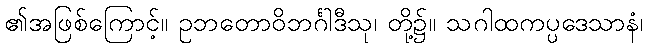
၏အဖြစ်ကြောင့်။ ဥဘတောဝိဘင်္ဂါဒီသု၊ တို့၌။ သဂါထကပ္ပဒေသာနံ၊